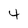
Character: 4